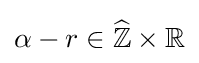
\alpha -r\in {\widehat {\mathbb {Z} }}\times \mathbb {R}